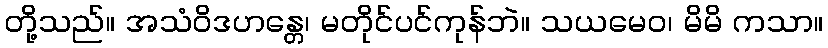
တို့သည်။ အသံဝိဒဟန္တေ၊ မတိုင်ပင်ကုန်ဘဲ။ သယမေဝ၊ မိမိ ကသာ။